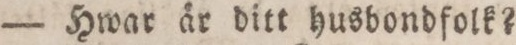
— Hwar år ditt husbondfolk?